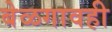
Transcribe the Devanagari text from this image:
बेळगावही